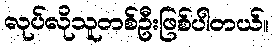
လုပ်လိုသူတစ်ဦးဖြစ်ပါတယ်။